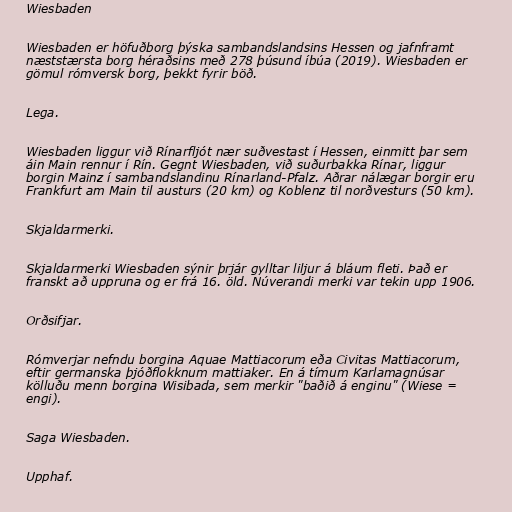
Wiesbaden

Wiesbaden er höfuðborg þýska sambandslandsins Hessen og jafnframt
næststærsta borg héraðsins með 278 þúsund íbúa (2019). Wiesbaden er
gömul rómversk borg, þekkt fyrir böð.

Lega.

Wiesbaden liggur við Rínarfljót nær suðvestast í Hessen, einmitt þar sem
áin Main rennur í Rín. Gegnt Wiesbaden, við suðurbakka Rínar, liggur
borgin Mainz í sambandslandinu Rínarland-Pfalz. Aðrar nálægar borgir eru
Frankfurt am Main til austurs (20 km) og Koblenz til norðvesturs (50 km).

Skjaldarmerki.

Skjaldarmerki Wiesbaden sýnir þrjár gylltar liljur á bláum fleti. Það er
franskt að uppruna og er frá 16. öld. Núverandi merki var tekin upp 1906.

Orðsifjar.

Rómverjar nefndu borgina Aquae Mattiacorum eða Civitas Mattiacorum,
eftir germanska þjóðflokknum mattiaker. En á tímum Karlamagnúsar
kölluðu menn borgina Wisibada, sem merkir "baðið á enginu" (Wiese =
engi).

Saga Wiesbaden.

Upphaf.